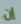
إن